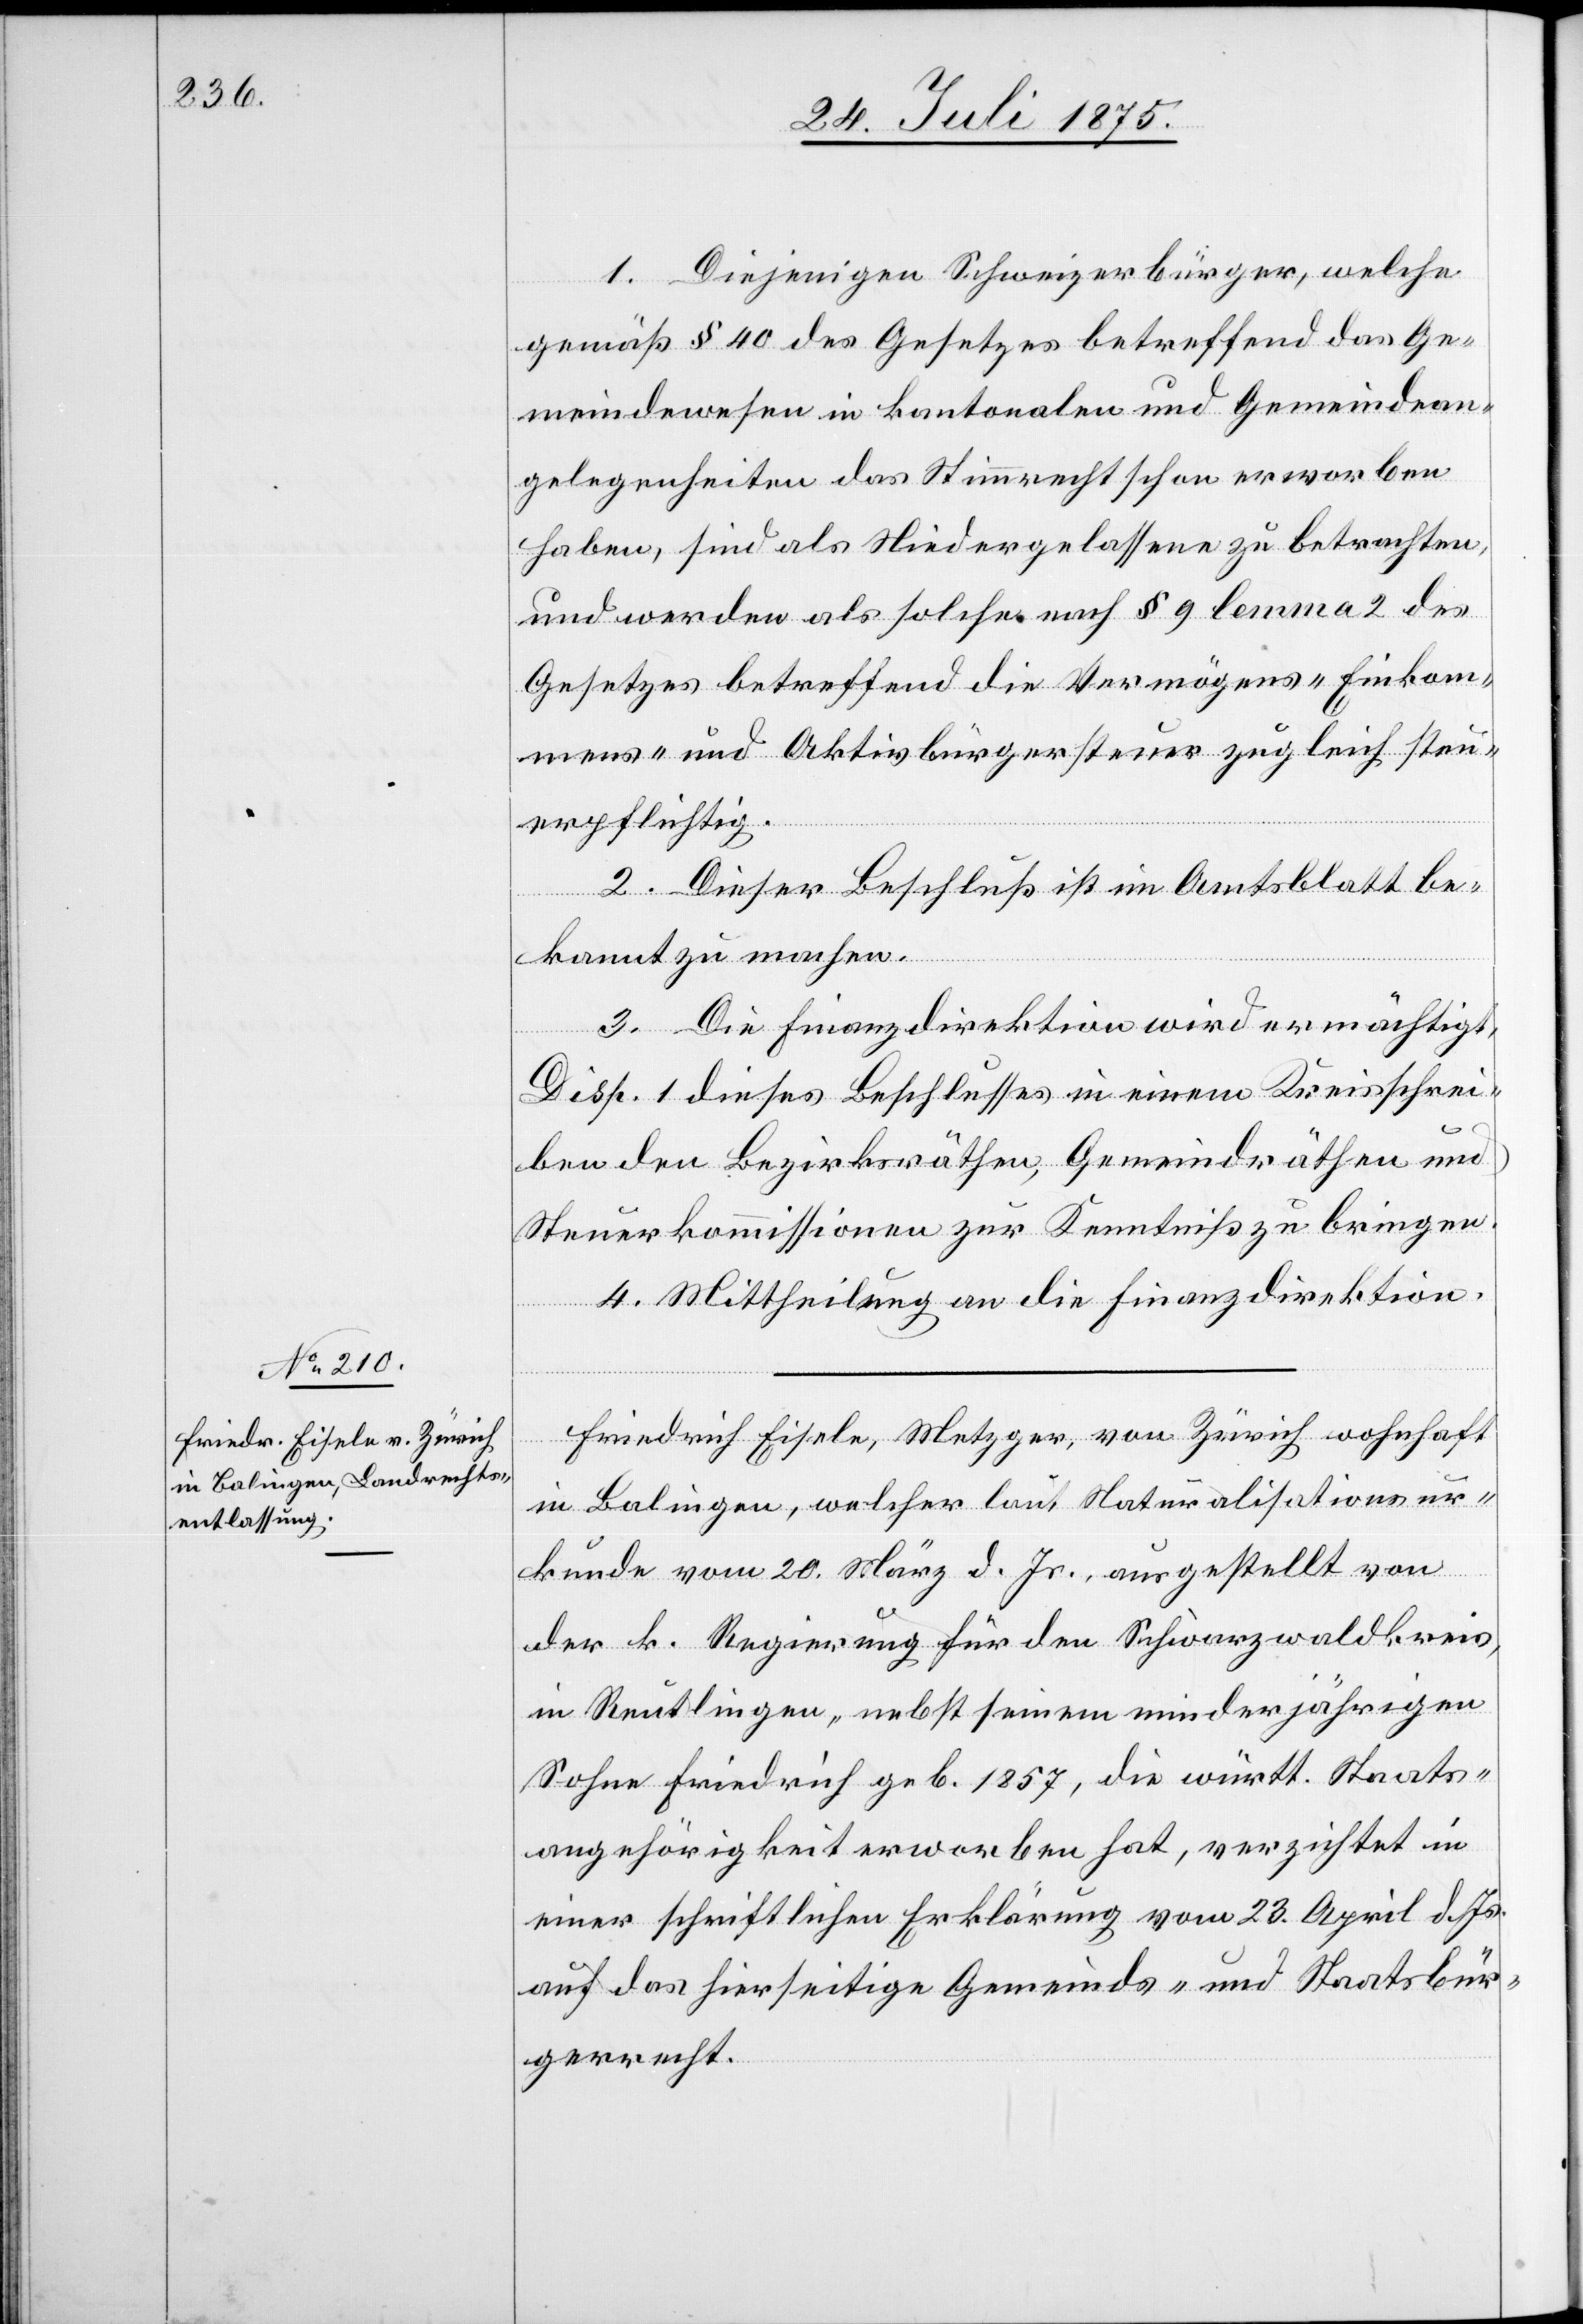
1. Diejenigen Schweizerbürger, welche
gemäß § 40 des Gesetzes betreffend das Ge¬
meindewesen in kantonalen und Gemeindean¬
gelegenheiten das Stimmrecht schon erworben
haben, sind als Niedergelassene zu betrachten,
und werden als solche nach § 9 lemma 2 des
Gesetzes betreffend die Vermögens- Einkom¬
mens- und Aktivbürgersteuer zugleich steu¬
erpflichtig.
2. Dieser Beschluß ist im Amtsblatt be¬
kannt zu machen.
3. Die Finanzdirektion wird ermächtigt,
Disp. 1 dieses Beschlusses in einem Kreisschrei¬
ben den Bezirksräthen, Gemeindräthen und
Steuerkommissionen zur Kenntniß zu bringen.
4. Mittheilung an die Finanzdirektion.
Friedrich Eisele Metzger, von Zürich wohnhaft
in Balingen, welcher laut Naturalisationsur¬
kunde vom 20. März d. Js. ausgestellt von
der k. Regierung für den Schwarzwaldkreis,
in Reutlingen, nebst seinem minderjährigen
Sohne Friedrich geb. 1857, die württ. Staats¬
angehörigkeit erworben hat, verzichtet in
einer schriftlichen Erklärung vom 23. April d. Js.
auf das hierseitige Gemeinds- und Staatsbür¬
gerrecht.